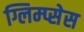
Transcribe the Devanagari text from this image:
ग्लिम्प्सेस